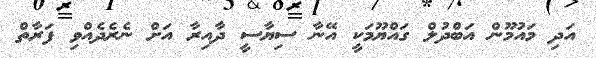
އަދި މައުމޫން އަބްދުލް ގައްޔޫމަކީ އޭނާ ސިޔާސީ ދާއިރާ އަށް ނެރެދެއްވި ފަރާތް